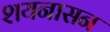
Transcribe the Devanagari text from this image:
शयनासन